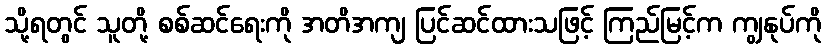
သို့ရတွင် သူတို့ စစ်ဆင်ရေးကို အတိအကျ ပြင်ဆင်ထားသဖြင့် ကြည်မြင့်က ကျွနုပ်ကို